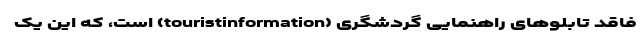
فاقد تابلوهای راهنمایی گردشگری (touristinformation) است، که این یک